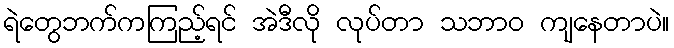
ရဲတွေဘက်ကကြည့်ရင် အဲဒီလို လုပ်တာ သဘာဝ ကျနေတာပဲ။